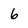
Character: 6